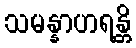
သမန္နာဟရန္တိ